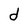
Character: d